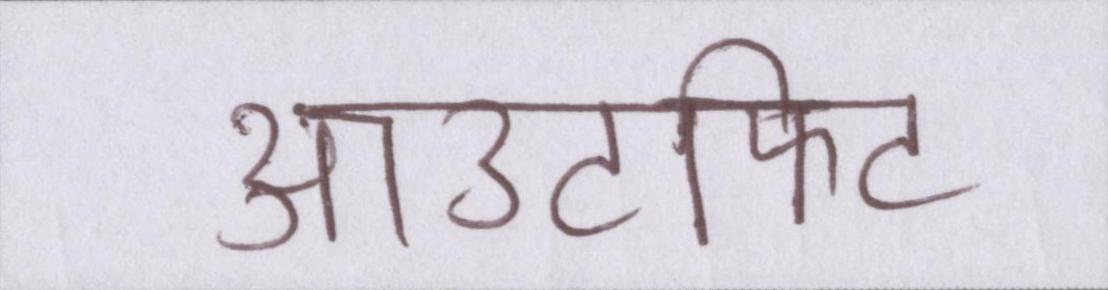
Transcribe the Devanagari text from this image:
आउटफिट